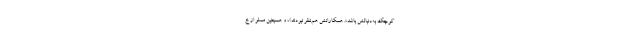
کوچک به‌دنبالش باشد». همکارانش هم‌نظر نبودند)، و همچنین مملو از خ